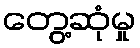
တွေ့ဆုံမှု